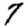
Digit: 7